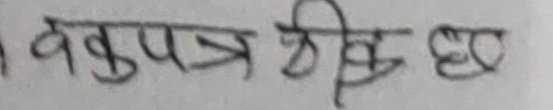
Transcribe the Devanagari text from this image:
वकुपत्र देख छ